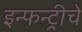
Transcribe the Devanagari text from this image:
इन्फन्ट्रीचे